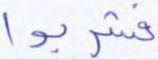
فشربوا